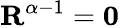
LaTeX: \mathbf{R}^{\alpha-1}=\mathbf{0}